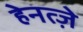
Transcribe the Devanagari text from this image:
हेनत्ज़े